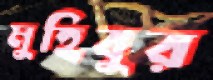
মুহিবুর